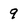
Character: 9